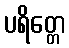
ပရိတ္တေ